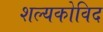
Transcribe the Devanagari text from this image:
शल्यकोविद